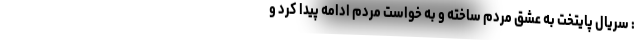
: سریال پایتخت به عشق مردم ساخته و به خواست مردم ادامه پیدا کرد و